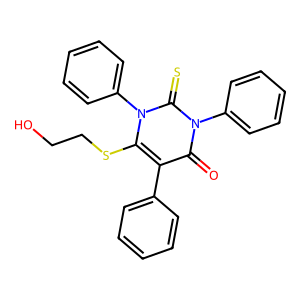
SMILES: O=c1c(-c2ccccc2)c(SCCO)n(-c2ccccc2)c(=S)n1-c1ccccc1
Inhibits HIV replication: No